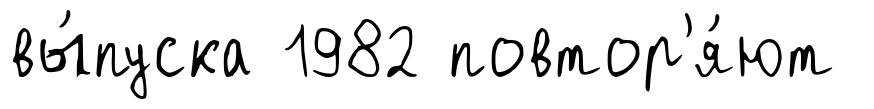
вы́пуска 1982 повтор'я́ют